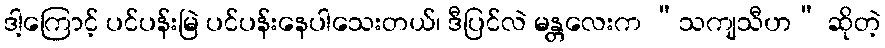
ဒါ့ကြောင့် ပင်ပန်းမြဲ ပင်ပန်းနေပါသေးတယ်၊ ဒီပြင်လဲ မန္တလေးက “သကျသီဟ” ဆိုတဲ့